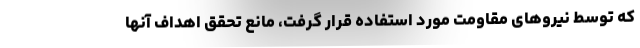
که توسط نیروهای مقاومت مورد استفاده قرار گرفت، مانع تحقق اهداف آنها